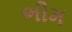
ભીમ